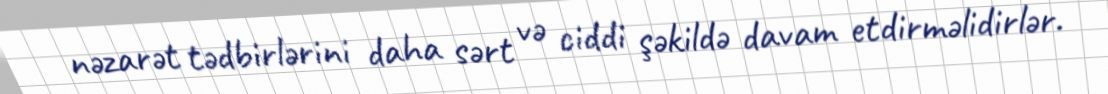
nəzarət tədbirlərini daha sərt və ciddi şəkildə davam etdirməlidirlər.